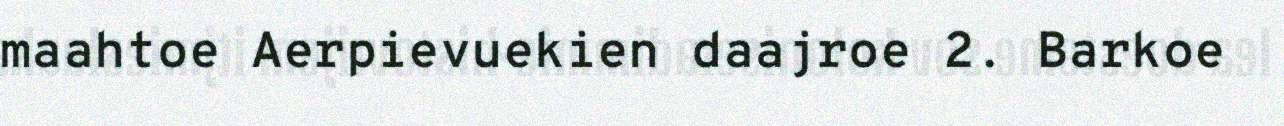
maahtoe Aerpievuekien daajroe 2. Barkoe